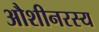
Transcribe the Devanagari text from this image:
औशीनरस्य